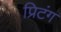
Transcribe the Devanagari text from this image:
प्रिटंग